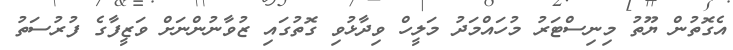
އެގޮތުން ޔޫތު މިނިސްޓަރު މުހައްމަދު މަލީހް ވިދާޅުވި ގޮތުގައި ޒުވާނުންނަށް ވަޒީފާގެ ފުރުސަތު